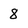
Character: 8